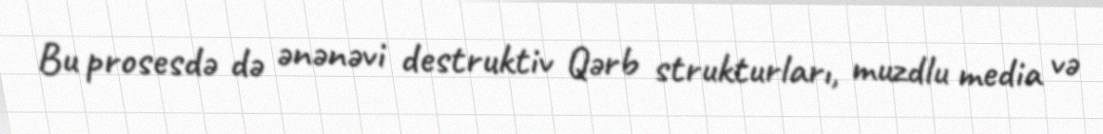
Bu prosesdə də ənənəvi destruktiv Qərb strukturları, muzdlu media və